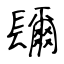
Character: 镾